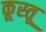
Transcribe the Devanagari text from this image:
कूस्तू